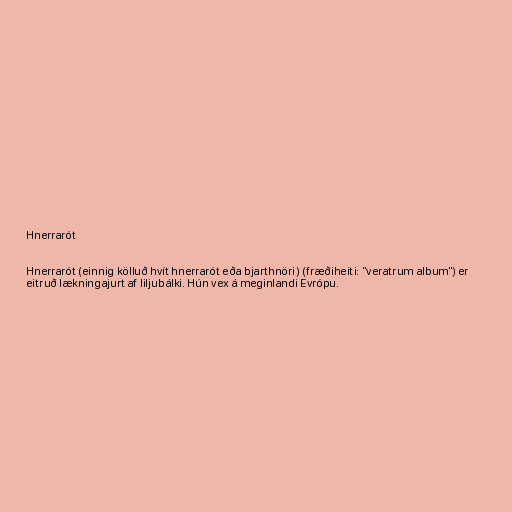
Hnerrarót

Hnerrarót (einnig kölluð hvít hnerrarót eða bjarthnöri) (fræðiheiti: "veratrum album") er
eitruð lækningajurt af liljubálki. Hún vex á meginlandi Evrópu.